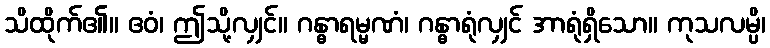
သိထိုက်၏။ ဧဝံ၊ ဤသို့လျှင်။ ဂန္ဓာရမ္မဏံ၊ ဂန္ဓာရုံလျှင် အာရုံရှိသော။ ကုသလမ္ပိ၊